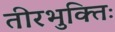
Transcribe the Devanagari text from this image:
तीरभुक्‍तिः